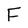
Character: F